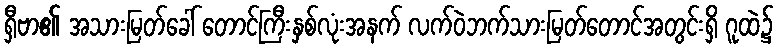
ရှီဗာ၏ အသားမြတ်ခေါ် တောင်ကြီးနှစ်လုံးအနက် လက်ဝဲဘက်သားမြတ်တောင်အတွင်းရှိ ဂူထဲ၌